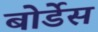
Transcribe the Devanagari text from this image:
बोर्डेस